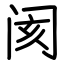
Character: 阂